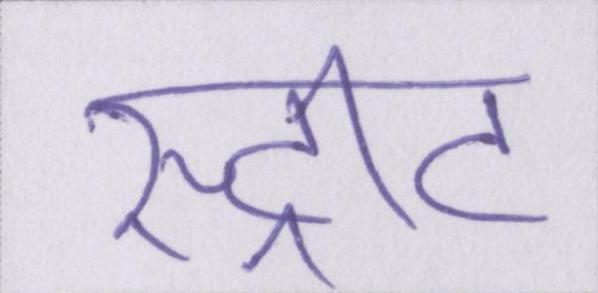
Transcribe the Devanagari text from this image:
स्ट्रीट